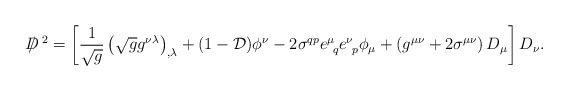
\begin{align*}D \! \! \! \! / ^{~2} =\left[ {1 \over {\sqrt g} } \left( {\sqrt g} g^{\nu \lambda} \right)_{, \lambda} + (1-{\cal D}) \phi^\nu - 2 \sigma^{q p} e^\mu_{~q} e^\nu_{~p} \phi_\mu + \left( g^{\mu \nu} + 2 \sigma^{\mu \nu} \right) D_\mu\right] D_\nu .\end{align*}